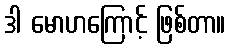
ဒါ မောဟကြောင့် ဖြစ်တာ။